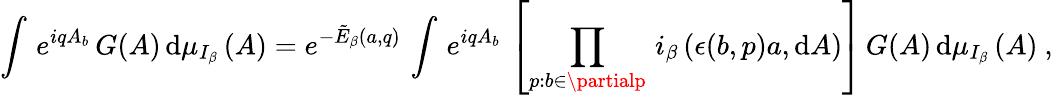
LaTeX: \left.\int\, e^{iqA_{b}}\, G(A)\, \mathrm{d}\mu_{I_{\beta}}\, (A)=e^{-\tilde{{E}}_{\beta}(a,q)}\, \int\, e^{iqA_{b}}\, \left[\prod_{p:b\in\partialp}\, i_{\beta}\, (\epsilon(b,p)a,\mathrm{d}A)\right]\, G(A)\, \mathrm{d}\mu_{I_{\beta}}\, (A)\ ,\right.